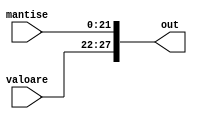
`timescale 1ns / 1ps
//////////////////////////////////////////////////////////////////////////////////
// Company: 
// Engineer: 
// 
// Design Name: 
// Module Name: Concatenare
// Project Name: 
// Target Devices: 
// Tool Versions: 
// Description: 
// 
// Dependencies: 
// 
// Revision:
// Revision 0.01 - File Created
// Additional Comments:
// 
//////////////////////////////////////////////////////////////////////////////////


module Concatenare(mantise, valoare, out);
    input wire [21:0] mantise;
    input wire [5:0] valoare;
    output reg [27:0] out;
    
    always @ (valoare)
        begin
            out = {valoare, mantise};
        end
endmodule